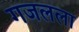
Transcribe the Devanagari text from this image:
गजलला